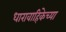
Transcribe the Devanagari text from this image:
धारावाहिकेच्या